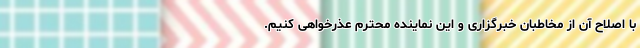
با اصلاح آن از مخاطبان خبرگزاری و این نماینده محترم عذرخواهی کنیم.